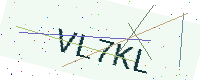
Text: VL7KL